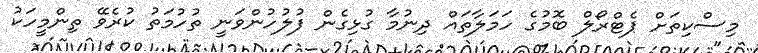
މިސްކިތަށް ޕެޓްރޯލް ބޮމުގެ ހަމަލާތައް ދިނުމާ ގުޅިގެން ފުލުހުންވަނީ ތުހުމަތު ކުރެވޭ ތިންމީހަކު